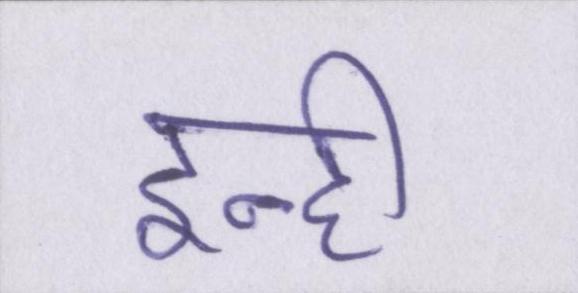
इन्ही